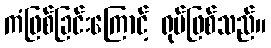
ကံဖြစ်ခြင်းကြောင့် ရုပ်ဖြစ်သည်။